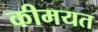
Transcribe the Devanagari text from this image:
कीमयत